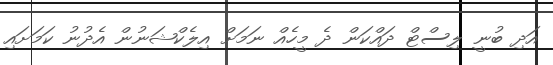
އަދި ބުނީ ލިސްޓް ދައްކަން ދެ މީހެއް ނަމަށް އިލެކްޝަނުން އެދުނު ކަމަށައި